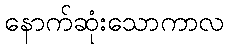
နောက်ဆုံးသောကာလ